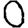
Digit: 0